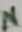
Text: N